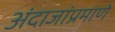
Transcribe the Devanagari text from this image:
अंदाजांप्रमाणे